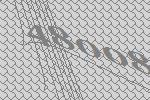
48008